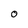
Character: 0